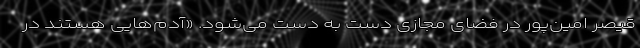
قیصر امین‌پور در فضای مجازی دست به دست می‌شود. «آدم‌هایی هستند در